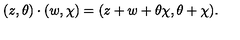
( z , \theta ) \cdot ( w , \chi ) = ( z + w + \theta \chi , \theta + \chi ) .